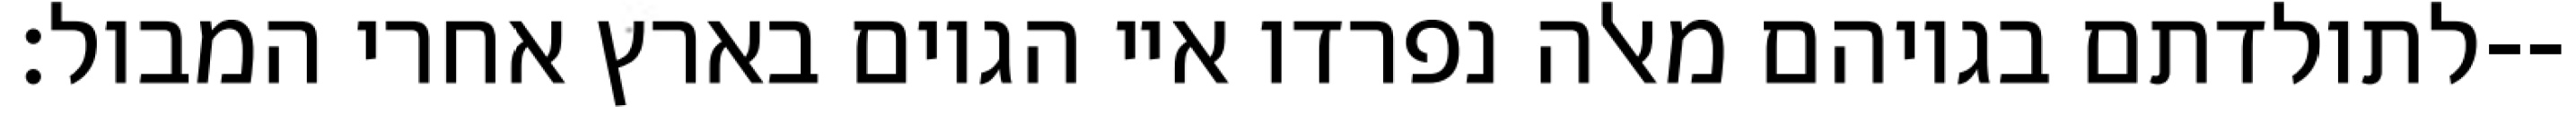
לתולדתם בגויהם מאלה נפרדו איי הגוים בארץ אחרי המבול׃--